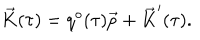
\vec { K } ( \tau ) = q ^ { o } ( \tau ) \vec { p } + \vec { K } ^ { \prime } ( \tau ) .